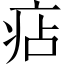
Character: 痁